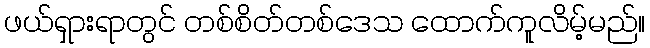
ဖယ်ရှားရာတွင် တစ်စိတ်တစ်ဒေသ ထောက်ကူလိမ့်မည်။